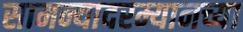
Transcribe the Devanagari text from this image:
सामन्यादरम्यानच्या